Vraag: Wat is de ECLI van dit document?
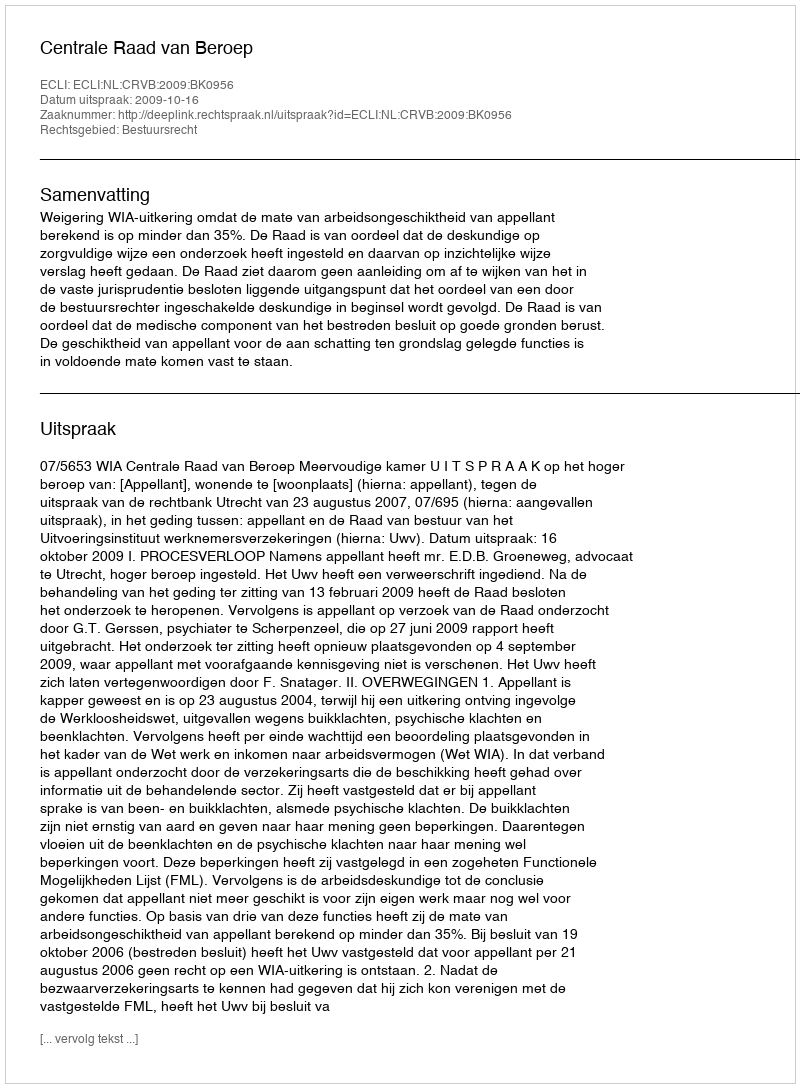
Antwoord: ECLI:NL:CRVB:2009:BK0956